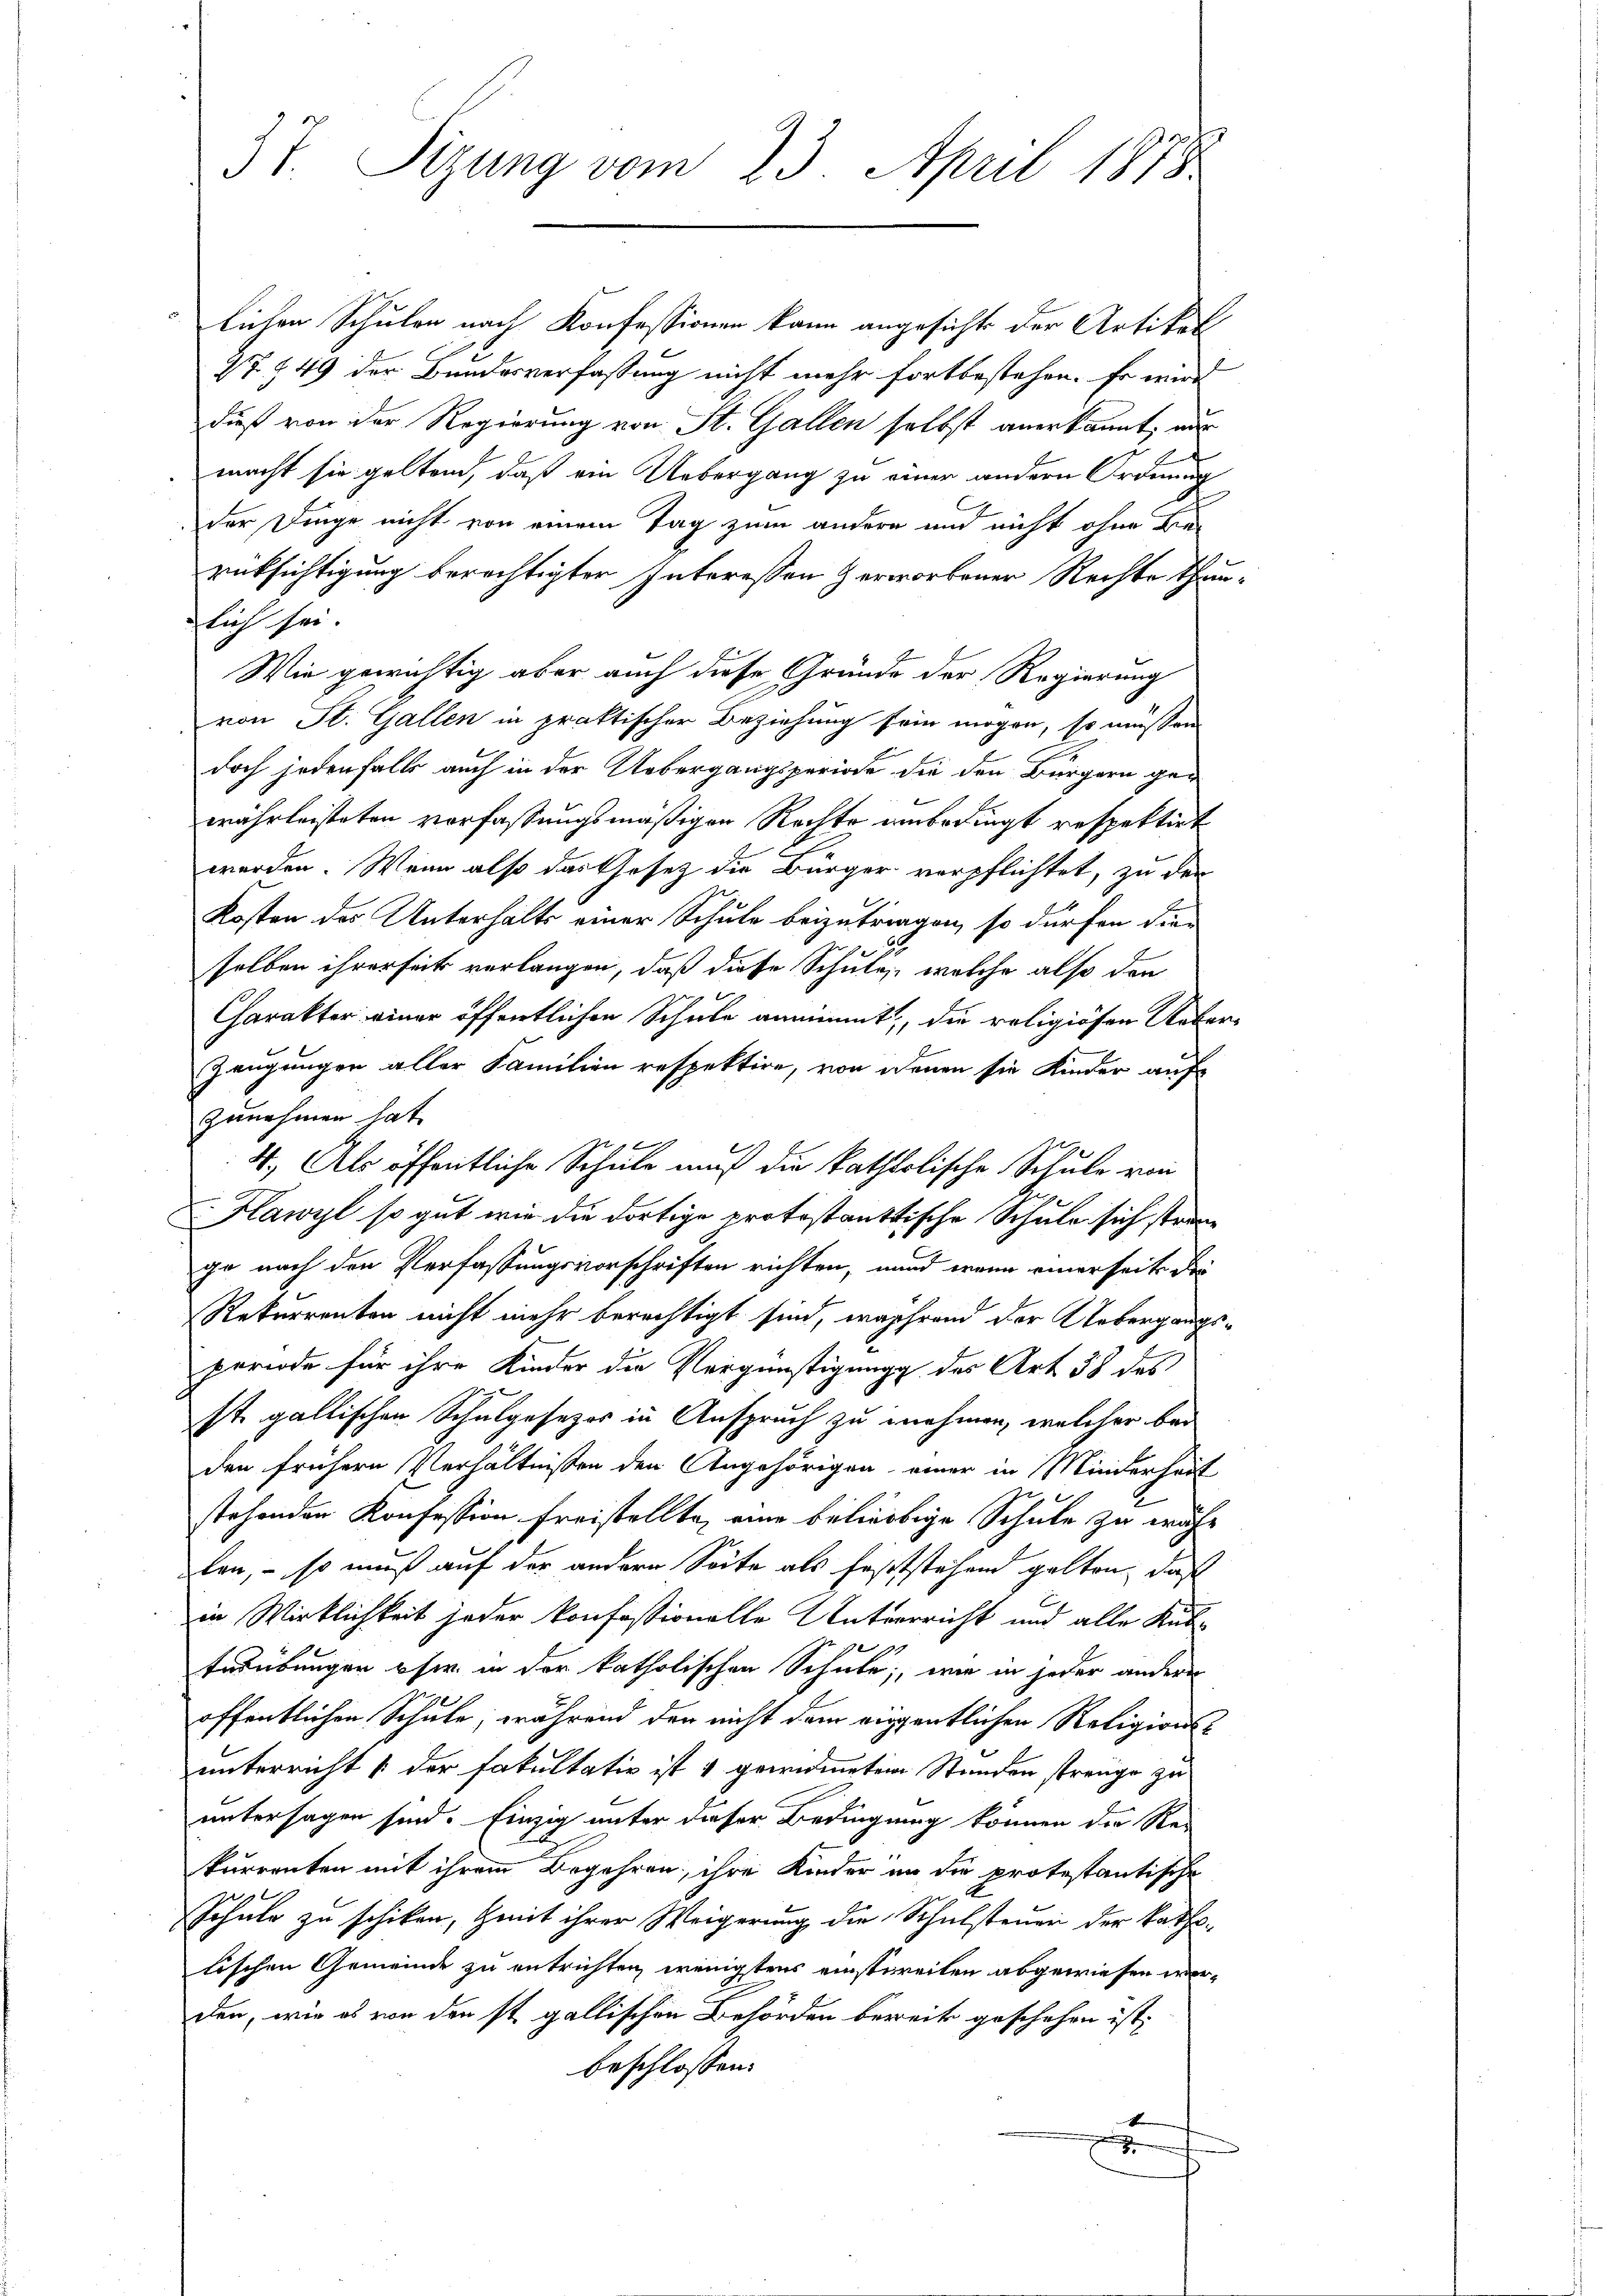
37. Sizung vom 23. April 1878.

lichen Schulen nach Konfessionen kann angesicht der Artikal
87. 849 der Bundesverfassung nicht mehr fortbestehen. Er wird
dieß von der Regierung von St. Gallen selbst anerkannt, wir
macht sie geltend, daß ein Uebergang zu einer andern Ordnung
der Dinge nicht von einem Tag zum andern und nicht ohne Be-
rüksichtigung berechtigter Interessen Zerworbener Rechte thunlich sei.
Wie gewichtig aber auch diese Gründe der Regierung
von St. Gallen in praktischer Beziehung sein mögen, so müssen
doch jedenfalls auch in der Uebergangsperiode die den Bürgern gewährleisteten verfassungsmäßigen Rechte unbedingt respektirt
werden. Wenn also das Gesetz die Bürger verpflichtet, zu der
Kosten des Unterhalts einer Schule beizutragen, so dürfen die
ig 20
selben ihrerseits verlangen, daß diese Schulen, welche also den
Charakter einer öffentlichen Schule annimmt, die religiösen Ueber¬
Zeugungen aller Familien respektire, von denen sie Kinder auf
zunehmen hat.
4. Als öffentliche Schule muß die katholische Schule von
x
Hawyl so gut wie die dortige protestanttische Schule sich stra
ge nach den Verfassungsvorschriften richten, und wenn einerseits die
Rekurrenten nicht mehr berechtigt sind, während der Uebergangsperiode für ihre Kinder die Vergünstigung des Art 58 des
st. gallischen Schulgesezes in Anspruch zu unehmen, welcher bei
den frühern Verhältnissen den Angehörigen einer in Minderheit
stehenden Konfession freistellte, eine beliebige Schule zu währ
zlen, – so muß auf der andern Seite als Feststehend galten, daß
in Wirklichkeit jeder konfessionelle Unterricht und alle Kub-
terübungen sie in der katholischen Schule, wie in jeder andere
öffentlichen Schule, während den nicht dem eigentlichen Religions-
unterricht der Fakultativ ist 4 gewidmeten Stunden strenge zu
untersagen sind. Einzig unter dieser Bedingung können die Rei
kurrenten mit ihrem Begehren, ihre Kinder an die protestantische
Schule zu schiken, Zeit ihrer Weigerung die Schulsteuer der kaths-
lischen Gemeinde zu entrichten, wenigstens einstweilen abgewiesen werden, wie es von den st. gallischen Behörden bereit geschehen ist,
beschlossen:
4
e